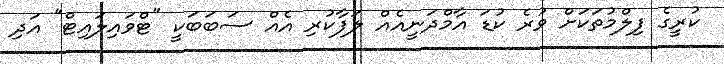
ކުރީގެ ފިލްމުތަކަށް ވުރެ ކުޑަ އާމްދަނީއެއް ލަފާކުރި އެއް ސަބަބަކީ "ޓްވައިލައިޓް" އަދި